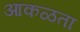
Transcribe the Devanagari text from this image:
आकळता